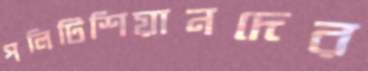
পলিটিশিয়ানদের